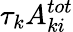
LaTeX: \tau_{k}A_{ki}^{tot}